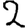
Digit: 2